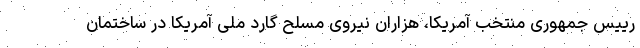
رییس جمهوری منتخب آمریکا، هزاران نیروی مسلح گارد ملی آمریکا در ساختمان